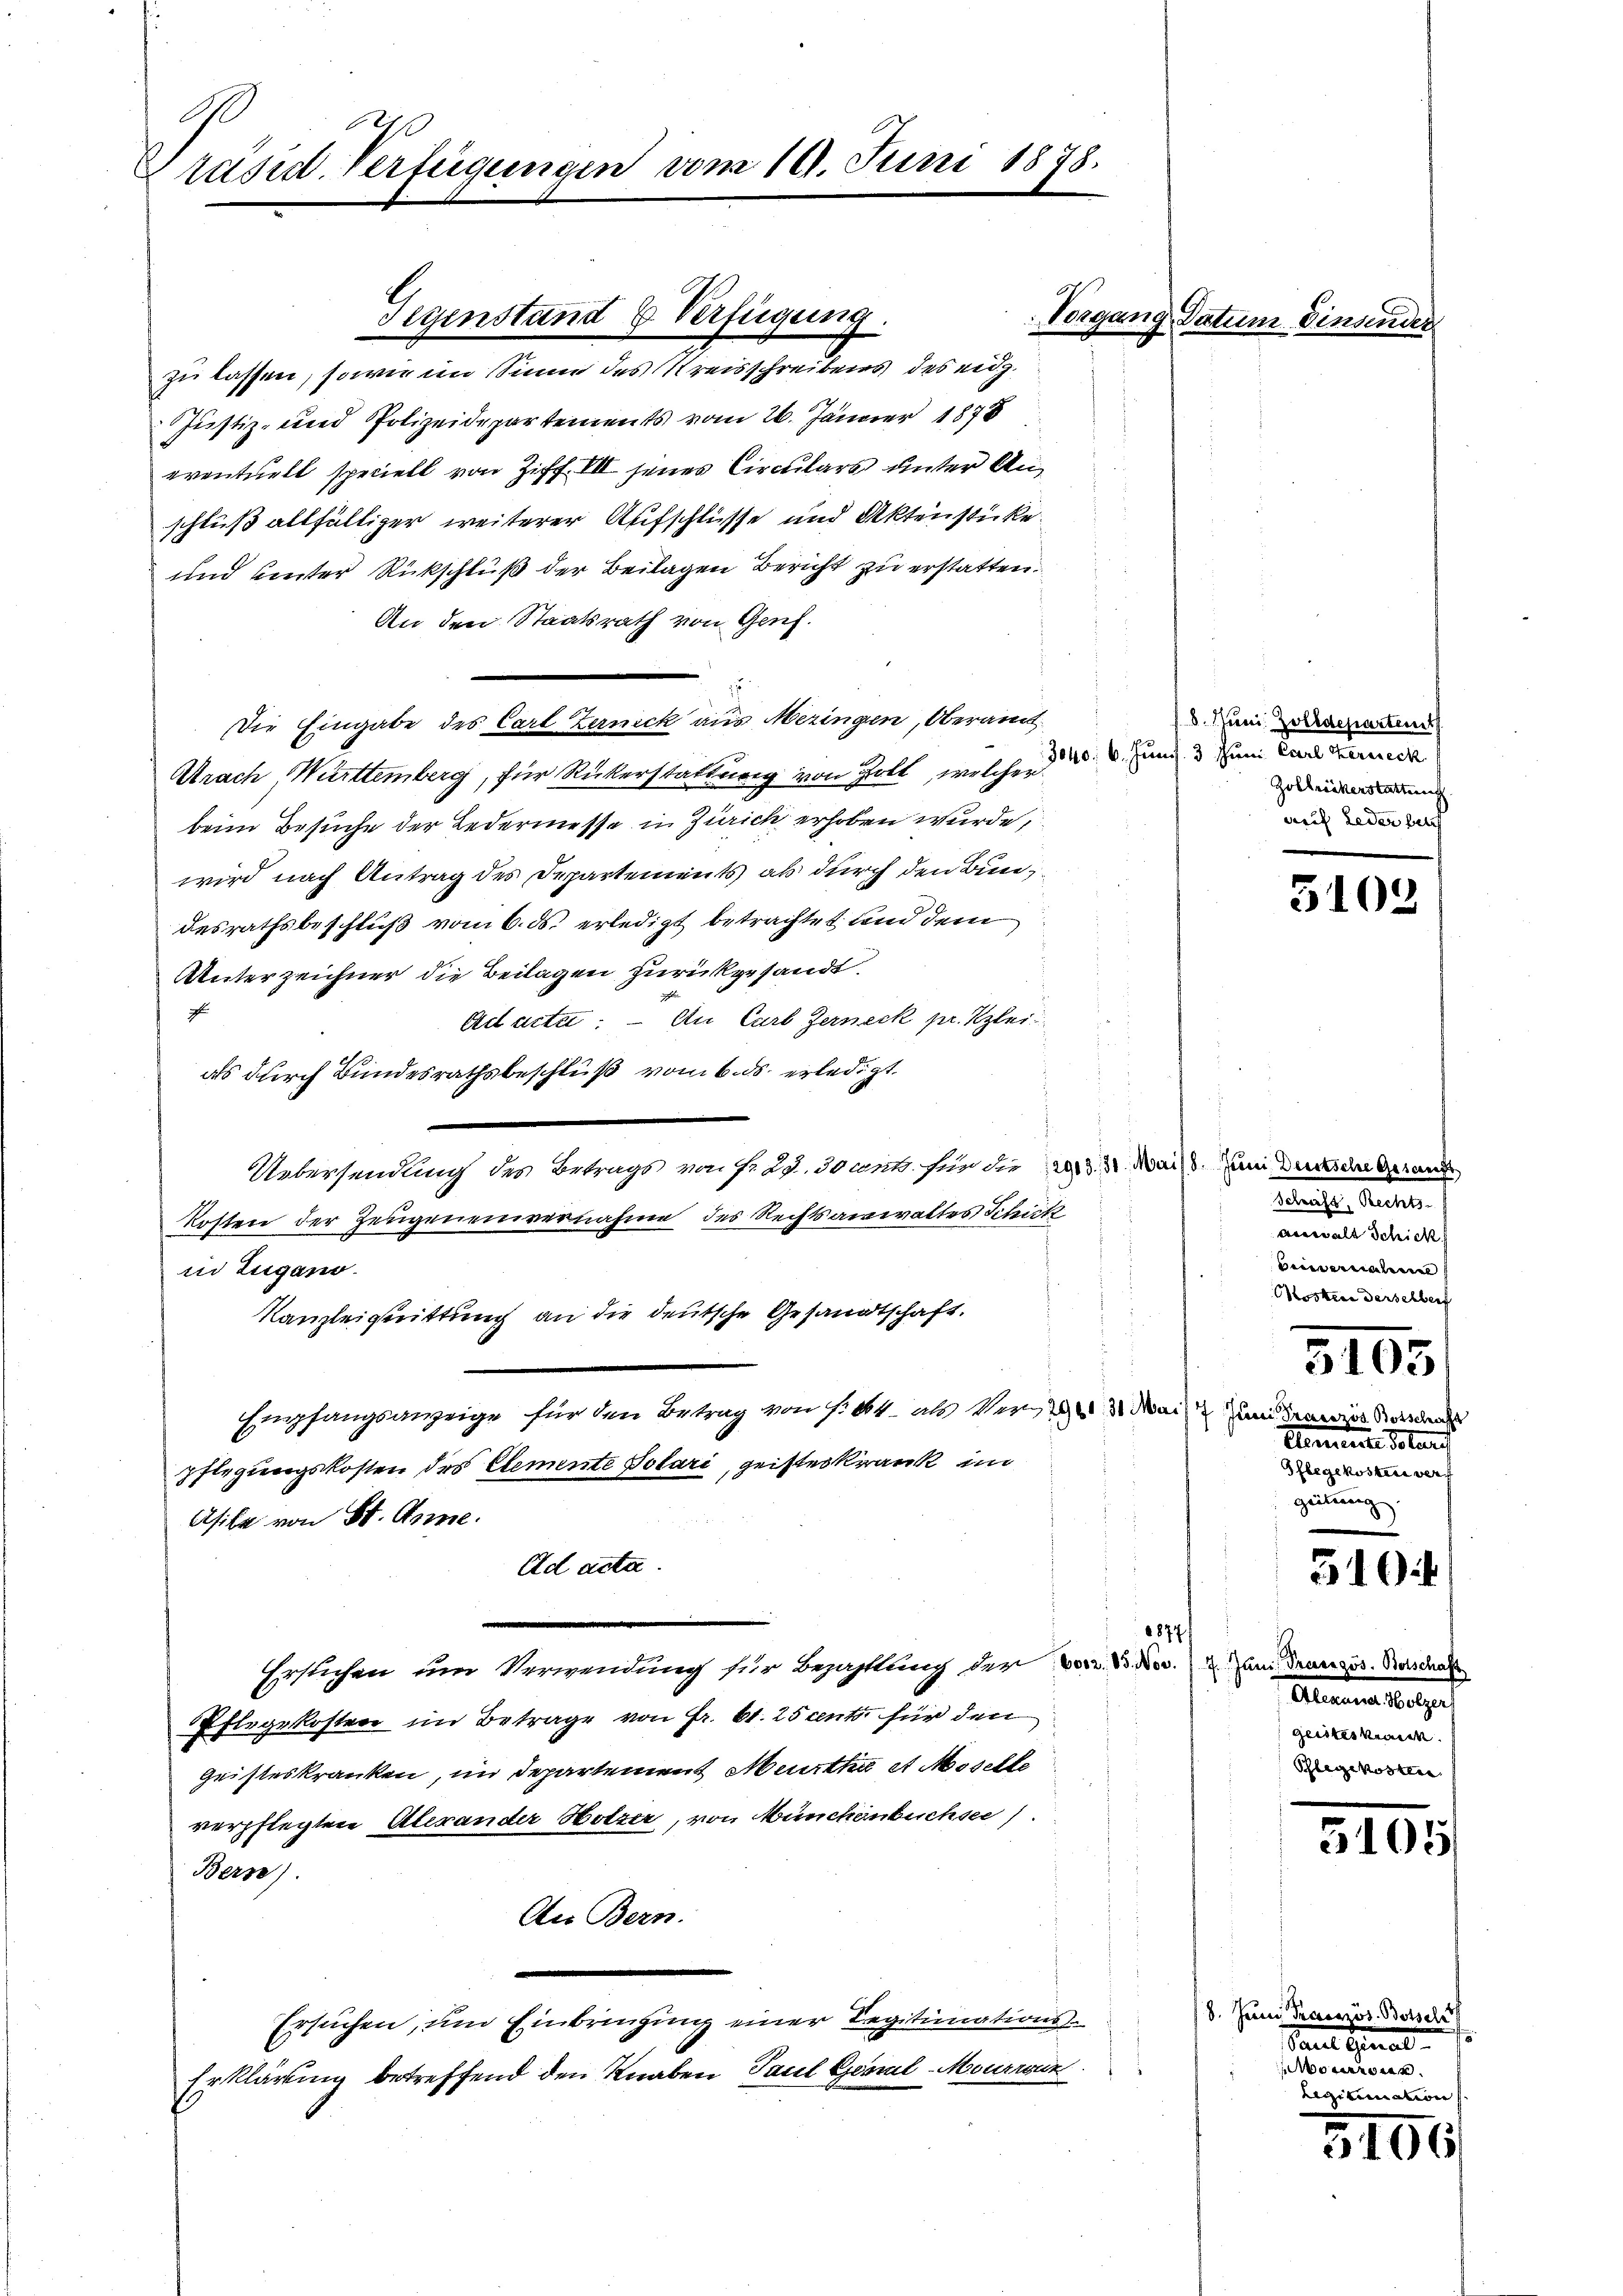
Präsid. Verfügungen vom 19. Juni 1878.

Gegenstand & Verfügung.

zu lassen, sowie im Sinne des Kreisschreibens des eidg.
Justiz- und Polizeidepartements vom 26. Jänner 1878
eventuell speciell von Ziff. III jenes Circulars unter Anschluß allfälliger weiterer Aufschlüsse und Aktenstücke.
und unter Rückschluß der Beilagen Bericht zu erstatten.
An den Staatsrath von Genf.
Die Eingabe des Carl Zernick aus Mezingen, Oberamt
Urach Württemberg, für Rükerstattung von Zoll, welcher
beim Besuche der Ledermesse in Zürich erhoben wurde,
wird nach Antrag des Departements als durch den Bundesrathsbeschluß vom 6. ds. erledigt betrachtet und dem
Unterzeichner die Beilagen zurückgesandt.
c
d
Ad acta. — An Curb Zerneck pr. Klei
as durch Bundesrathsbeschluß vom 6. ds. erledigt.
Uebersendung des Betrags von fr. 29. 30 cent für die a M. Mais um und and
Kosten der Zeugeneinvernahme des Rechtsanwaltes Schutz
in Zugano.
Kanzleignittung an die deutsche Gesandtschaft.
Empfangsanzeige für den Betrag von f. 44 als Verei
pflegungskosten des Elemente Solari, geister krank im
Asike von St. Anme
Ad acta.
2
Erstichen um Verwendung für Bezahlung der vor. S. Nr. 2 an Französ. Karda
Pflegekosten im Betrage von Fr. 61. 25 cento für den
geisteskranken, im Departement Meurthe et Moselle
verpflegten Alerander Holzer, von Münchenbuchsee).
Berze).
Au Bern.
Ersuchen, um Einbringung einer Regitimations¬
Erklärung betreffend den Knaben Paul Geral-Mourrir

Vergang, de

em. Den

8. Juni Zolldepartens
3040, 6. Jun. 3. Juni Carl Streck
Zollrickerstattung.
auf Leder besch

3103

Schaft, Rechts-
averwalt Schick
Beiernaten
Mosten derselbert

3103

7 Juni Französ. Botschaf
Elemente Solars
Pflegekosten verf
geitung.

310

Alarm herge
geisteskrank.
Phlegekosten

5105

8. Jene Praesszös. Bossel
Sauer Final
e
Legitimation

5100